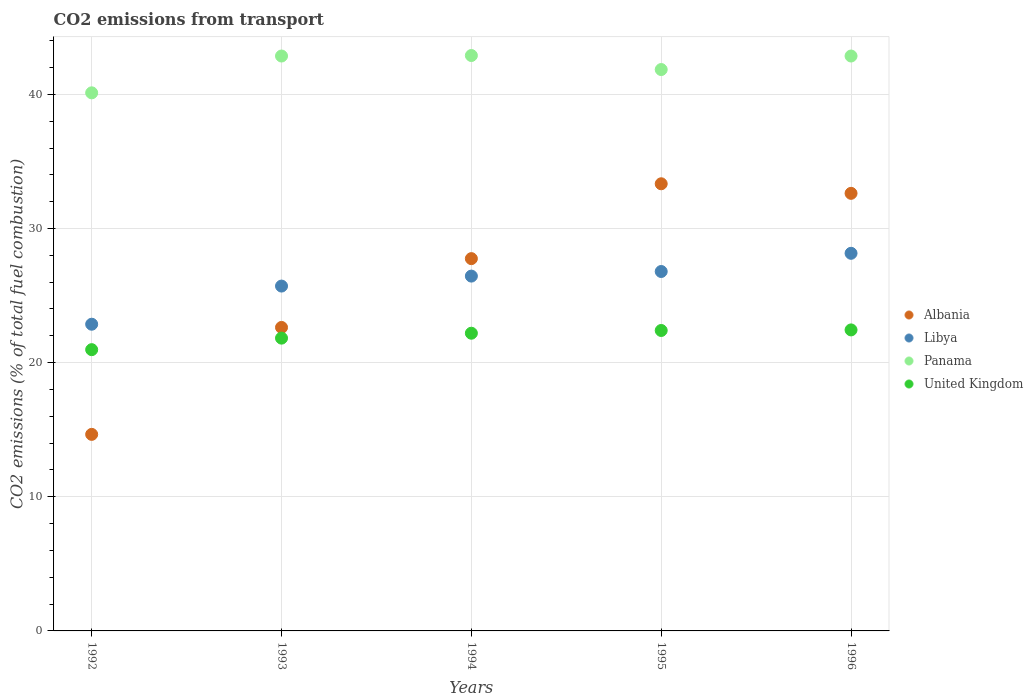
| Years | Albania | Libya | Panama | United Kingdom |
 | --- | --- | --- | --- | --- |
 | 1992 | 14.7 | 22.9 | 40.1 | 21 |
 | 1993 | 22.6 | 25.7 | 42.9 | 21.8 |
 | 1994 | 27.8 | 26.5 | 42.9 | 22.2 |
 | 1995 | 33.3 | 26.8 | 41.8 | 22.4 |
 | 1996 | 32.6 | 28.2 | 42.9 | 22.4 |